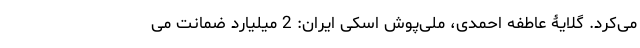
می‌کرد. گلایۀ عاطفه احمدی، ملی‌پوش اسکی ایران: 2 میلیارد ضمانت می